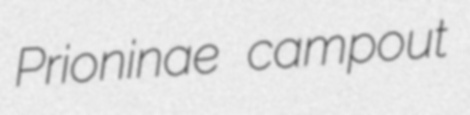
Prioninae campout